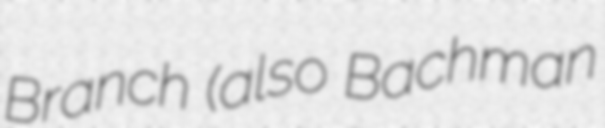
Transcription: Branch (also Bachman